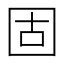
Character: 固